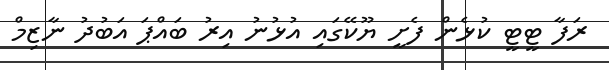
ރަފާ ޓީޓީ ކުޅެން ފެށީ ޔޫކޭގައި އުޅުނު އިރު ބައްޕަ އަބުދު ނާޒިމް